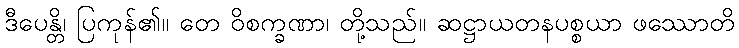
ဒီပေန္တိ၊ ပြကုန်၏။ တေ ဝိစက္ခဏာ၊ တို့သည်။ ဆဋ္ဌာယတနပစ္စယာ ဖဿောတိ